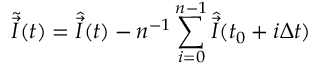
\tilde { \vec { I } } ( t ) = \hat { \vec { I } } ( t ) - n ^ { - 1 } \sum _ { i = 0 } ^ { n - 1 } \hat { \vec { I } } ( t _ { 0 } + i \Delta t )